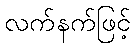
လက်နက်ဖြင့်